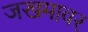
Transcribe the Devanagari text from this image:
जखमावर